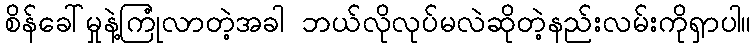
စိန်ခေါ်မှုနဲ့ကြုံလာတဲ့အခါ ဘယ်လိုလုပ်မလဲဆိုတဲ့နည်းလမ်းကိုရှာပါ။